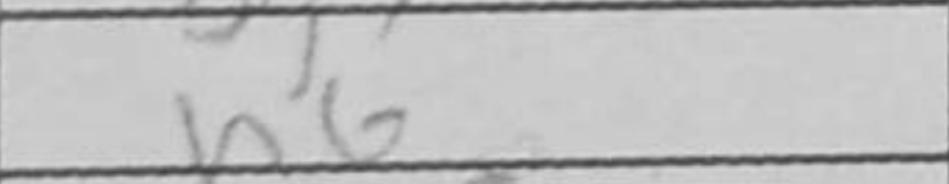
Transcription: h6